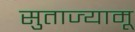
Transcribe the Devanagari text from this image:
सुताज्यामू